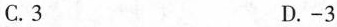
C.3 D.-3